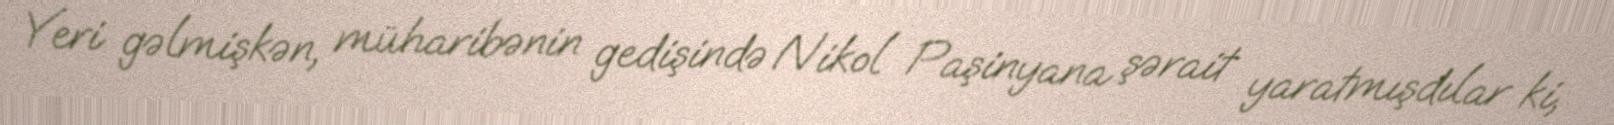
Yeri gəlmişkən, müharibənin gedişində Nikol Paşinyana şərait yaratmışdılar ki,